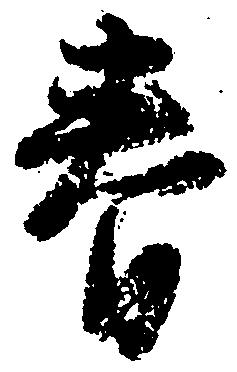
春